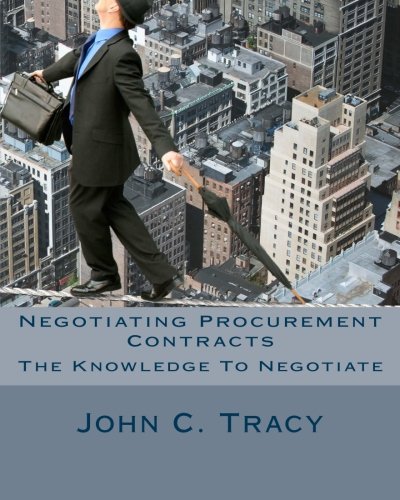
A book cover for Negotiating Procurement Contracts: The Knowledge to Negotiate; John C Tracy Jr; Business & Money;